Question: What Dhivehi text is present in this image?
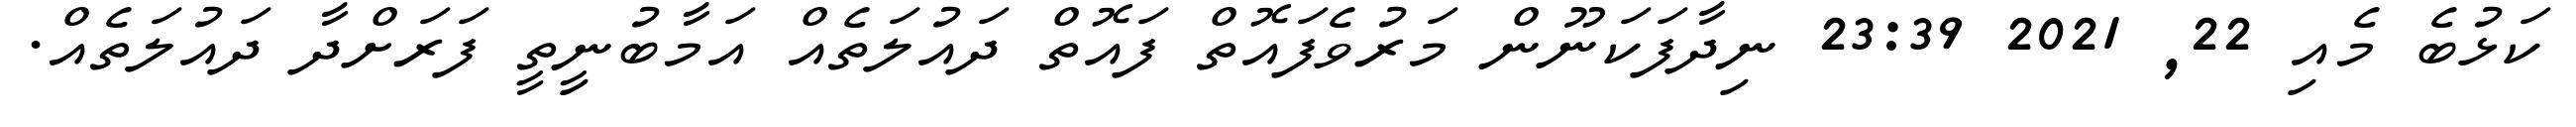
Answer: ކަޅުބެ މެއި 22, 2021 23:39 ނިދާފަކަނޫން މަރުވެފައޮތް ފައޮތް ދައުލަތެއް އަމާބުނީިތީ ފަރަށްދާ ދައުލަތެއް.